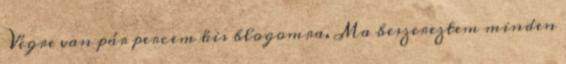
Végre van pár percem kis blogomra. Ma beszereztem minden